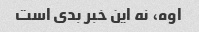
اوه، نه این خبر بدی است